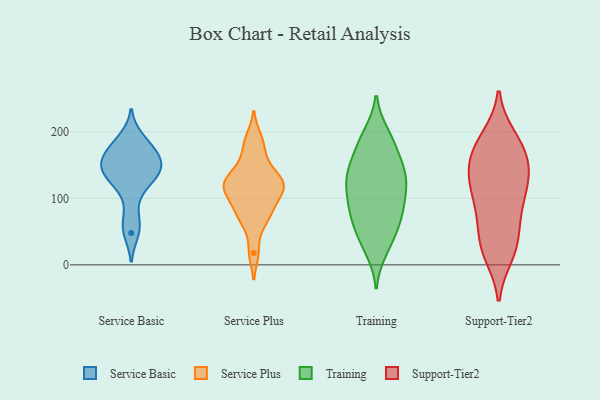
{"axis": {"x": "Operating Costs (USD K)", "y": "Value"}, "legend": ["Service Basic", "Service Plus", "Support-Tier2", "Training"], "data": [{"x": "", "y": 191, "type": "Service Basic"}, {"x": "", "y": 143, "type": "Service Basic"}, {"x": "", "y": 163, "type": "Service Basic"}, {"x": "", "y": 178, "type": "Service Basic"}, {"x": "", "y": 155, "type": "Service Basic"}, {"x": "", "y": 66, "type": "Service Basic"}, {"x": "", "y": 48, "type": "Service Basic"}, {"x": "", "y": 167, "type": "Service Basic"}, {"x": "", "y": 109, "type": "Service Basic"}, {"x": "", "y": 131, "type": "Service Basic"}, {"x": "", "y": 138, "type": "Service Basic"}, {"x": "", "y": 141, "type": "Service Basic"}, {"x": "", "y": 128, "type": "Service Plus"}, {"x": "", "y": 174, "type": "Service Plus"}, {"x": "", "y": 115, "type": "Service Plus"}, {"x": "", "y": 86, "type": "Service Plus"}, {"x": "", "y": 127, "type": "Service Plus"}, {"x": "", "y": 129, "type": "Service Plus"}, {"x": "", "y": 18, "type": "Service Plus"}, {"x": "", "y": 191, "type": "Service Plus"}, {"x": "", "y": 99, "type": "Service Plus"}, {"x": "", "y": 105, "type": "Service Plus"}, {"x": "", "y": 70, "type": "Service Plus"}, {"x": "", "y": 121, "type": "Service Plus"}, {"x": "", "y": 152, "type": "Service Plus"}, {"x": "", "y": 65, "type": "Service Plus"}, {"x": "", "y": 141, "type": "Training"}, {"x": "", "y": 32, "type": "Training"}, {"x": "", "y": 196, "type": "Training"}, {"x": "", "y": 22, "type": "Training"}, {"x": "", "y": 174, "type": "Training"}, {"x": "", "y": 141, "type": "Training"}, {"x": "", "y": 131, "type": "Training"}, {"x": "", "y": 83, "type": "Training"}, {"x": "", "y": 75, "type": "Training"}, {"x": "", "y": 74, "type": "Training"}, {"x": "", "y": 90, "type": "Training"}, {"x": "", "y": 178, "type": "Training"}, {"x": "", "y": 141, "type": "Training"}, {"x": "", "y": 119, "type": "Training"}, {"x": "", "y": 137, "type": "Training"}, {"x": "", "y": 100, "type": "Training"}, {"x": "", "y": 56, "type": "Training"}, {"x": "", "y": 112, "type": "Training"}, {"x": "", "y": 48, "type": "Training"}, {"x": "", "y": 192, "type": "Training"}, {"x": "", "y": 102, "type": "Support-Tier2"}, {"x": "", "y": 66, "type": "Support-Tier2"}, {"x": "", "y": 123, "type": "Support-Tier2"}, {"x": "", "y": 31, "type": "Support-Tier2"}, {"x": "", "y": 117, "type": "Support-Tier2"}, {"x": "", "y": 77, "type": "Support-Tier2"}, {"x": "", "y": 124, "type": "Support-Tier2"}, {"x": "", "y": 19, "type": "Support-Tier2"}, {"x": "", "y": 15, "type": "Support-Tier2"}, {"x": "", "y": 190, "type": "Support-Tier2"}, {"x": "", "y": 154, "type": "Support-Tier2"}, {"x": "", "y": 171, "type": "Support-Tier2"}, {"x": "", "y": 25, "type": "Support-Tier2"}, {"x": "", "y": 152, "type": "Support-Tier2"}, {"x": "", "y": 140, "type": "Support-Tier2"}, {"x": "", "y": 192, "type": "Support-Tier2"}, {"x": "", "y": 102, "type": "Support-Tier2"}, {"x": "", "y": 58, "type": "Support-Tier2"}, {"x": "", "y": 157, "type": "Support-Tier2"}, {"x": "", "y": 181, "type": "Support-Tier2"}]}